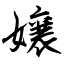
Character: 嬢